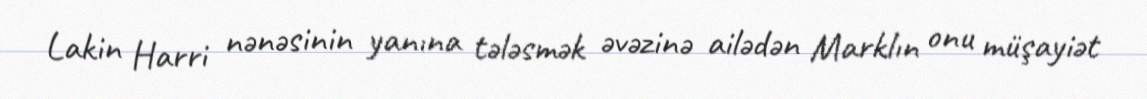
Lakin Harri nənəsinin yanına tələsmək əvəzinə ailədən Marklın onu müşayiət